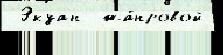
 Экуан  жа́нровой